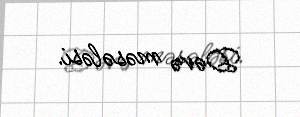
Dəvə məsələsi.